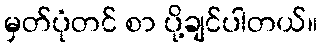
မှတ်ပုံတင် စာ ပို့ချင်ပါတယ်။